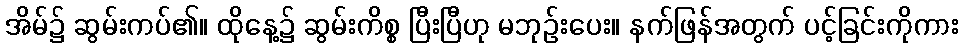
အိမ်၌ ဆွမ်းကပ်၏။ ထိုနေ့၌ ဆွမ်းကိစ္စ ပြီးပြီဟု မဘုဉ်းပေး။ နက်ဖြန်အတွက် ပင့်ခြင်းကိုကား